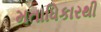
મતાધિકારથી